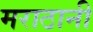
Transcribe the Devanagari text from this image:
मराठानी